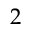
2